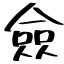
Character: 僉